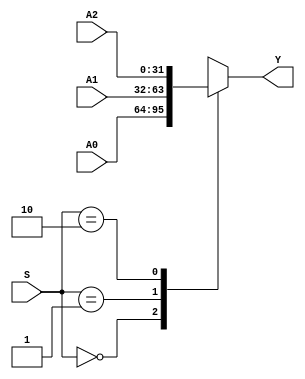
`timescale 1ns / 1ps
//////////////////////////////////////////////////////////////////////////////////
// Company: 
// Engineer: 
// 
// Design Name: 
// Module Name: MUX_32b_4
// Project Name: 
// Target Devices: 
// Tool Versions: 
// Description: 
// 
// Dependencies: 
// 
// Revision:
// Revision 0.01 - File Created
// Additional Comments:
// 
//////////////////////////////////////////////////////////////////////////////////


module MUX_32b_3(A0, A1, A2, S, Y);
    
    input [31:0]    A0, A1, A2;
    input [1:0]     S;
    
    output [31:0]   Y;
    
    function [31:0] select;
        input [31:0] A0, A1, A2;
        input [1:0] S;
            case(S)
                2'b00: select = A0;
                2'b01: select = A1;
                2'b10: select = A2;
            endcase
    endfunction
    
    assign Y = select (A0, A1, A2, S);
endmodule